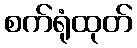
စက်ရုံထုတ်